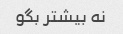
نه بیشتر بگو